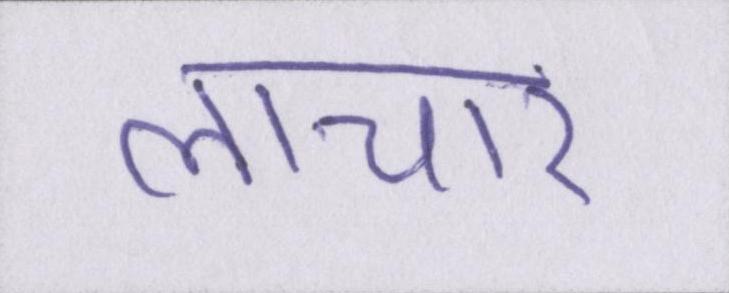
लाचार